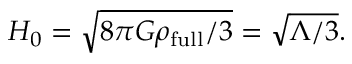
H _ { 0 } = { \sqrt { 8 \pi G \rho _ { \mathrm { f u l l } } / 3 } } = { \sqrt { \Lambda / 3 } } .